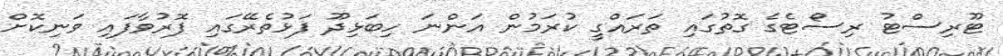
ޓޫރިސްޓު ރިސޯޓެގެ ގޮތުގައި ތަރައްގީ ކުރަމުން އަންނަ ހިބަޅިދޫ ފަޅުތެރޭގައި ފޮރުވާފައި ވަނިކޮށް